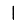
Digit: 1